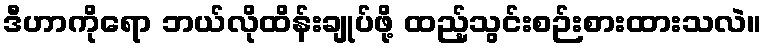
ဒီဟာကိုရော ဘယ်လိုထိန်းချုပ်ဖို့ ထည့်သွင်းစဉ်းစားထားသလဲ။